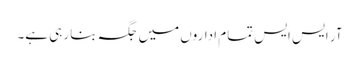
آر ایس ایس تمام اداروں میں جگہ بنا رہی ہے۔